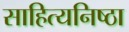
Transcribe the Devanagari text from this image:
साहित्यनिष्ठा